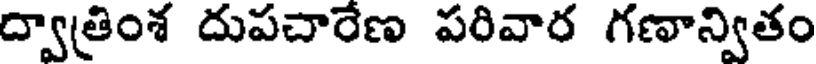
ద్వాత్రింశ దుపచారేణ పరివార గణాన్వితం